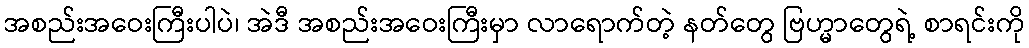
အစည်းအဝေးကြီးပါပဲ၊ အဲဒီ အစည်းအဝေးကြီးမှာ လာရောက်တဲ့ နတ်တွေ ဗြဟ္မာတွေရဲ့ စာရင်းကို